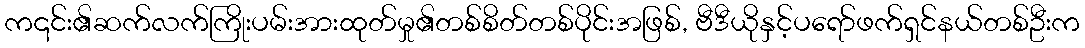
က၎င်း၏ဆက်လက်ကြိုးပမ်းအားထုတ်မှု၏တစ်စိတ်တစ်ပိုင်းအဖြစ်, ဗီဒီယိုနှင့်ပရော်ဖက်ရှင်နယ်တစ်ဦးက